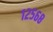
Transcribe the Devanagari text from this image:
१२५६८